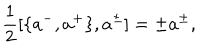
\frac { 1 } { 2 } [ \{ a ^ { - } , a ^ { + } \} , a ^ { \pm } ] = \pm a ^ { \pm } ,